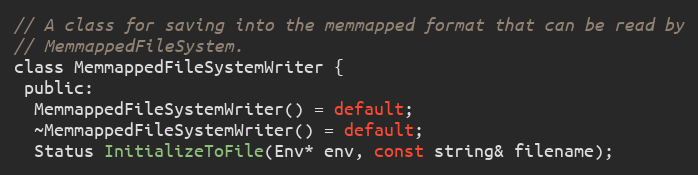
Language: C
// A class for saving into the memmapped format that can be read by
// MemmappedFileSystem.
class MemmappedFileSystemWriter {
 public:
  MemmappedFileSystemWriter() = default;
  ~MemmappedFileSystemWriter() = default;
  Status InitializeToFile(Env* env, const string& filename);